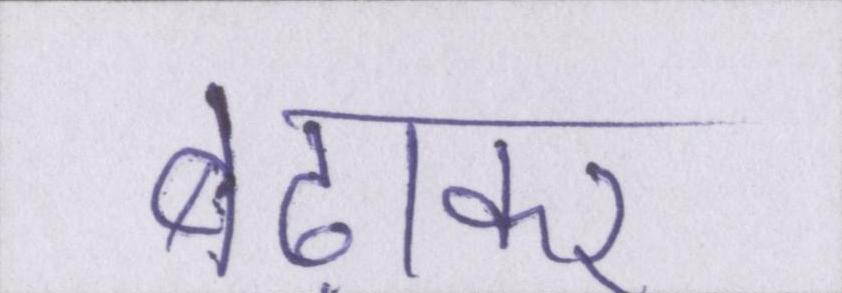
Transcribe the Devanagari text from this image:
बढ़ाकर